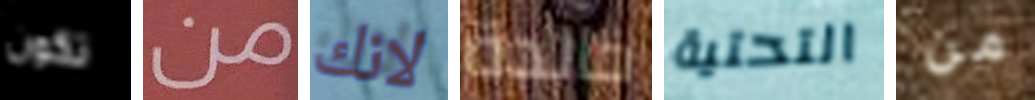
تكون من لانك خالدة التحتية من